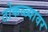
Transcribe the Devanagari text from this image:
ठोकळ्यावर